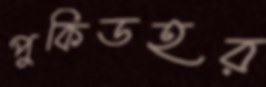
পুকিডহর